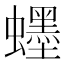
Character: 䘃